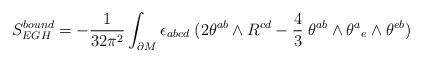
LaTeX: \begin{align*}S_{EGH}^{bound}= -{1\over 32 \pi^2} \int_{\partial M}\epsilon_{abcd}\; (2 \theta ^{ab} \wedge R^{cd}- {4\over 3} \; \theta ^{ab}\wedge\theta^{a}{}_e\wedge \theta ^{eb})\end{align*}